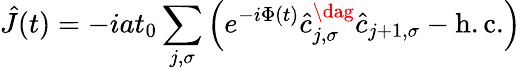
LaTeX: \hat{J}(t)=-iat_{0}\sum_{j,\sigma}\left(e^{-i\Phi(t)}\hat{c}_{j,\sigma}^{\dag}\hat{c}_{j+1,\sigma}-\mathrm{h.c.}\right)